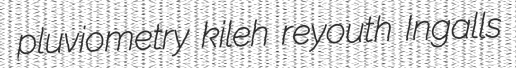
pluviometry kileh reyouth Ingalls